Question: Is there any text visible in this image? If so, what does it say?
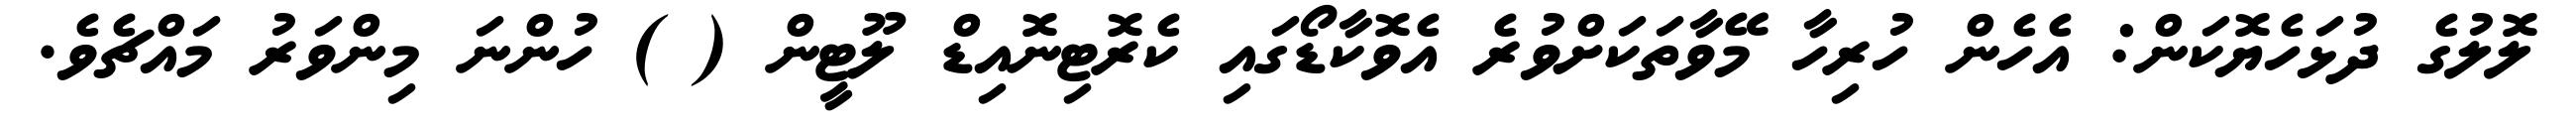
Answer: ލޮލުގެ ދުޅަހެޔޮކަން: އެހެން ހުރިހާ މޭވާތަކަށްވުރެ އެވޮކާޑޯގައި ކެރޮޓިނޮއިޑް ލޫޓީން ( ) ހުންނަ މިންވަރު މައްޗެވެ.